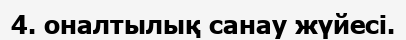
4. оналтылық санау жүйесi.